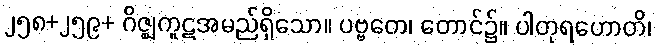
၂၅၈+၂၅၉+ ဂိဇ္ဈကူဋအမည်ရှိသော။ ပဗ္ဗတေ၊ တောင်၌။ ပါတုရဟောတိ၊